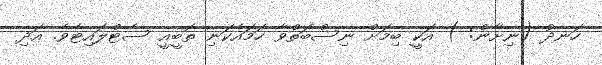
ހަނދު (ނިށާން: ) އަކީ ބިމަށް ނިސްބަތްވާ ހަމައެކަނި ތޮބީއީ ސެޓްލައިޓެވެ. އަދި